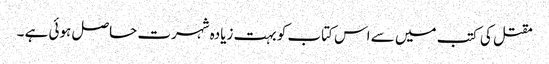
مقتل کی کتب میں سے اس کتاب کو بہت زیادہ شہرت حاصل ہوئی ہے ۔